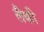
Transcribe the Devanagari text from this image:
लैकी